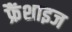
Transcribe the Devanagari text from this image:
फ्रैंशाइज